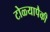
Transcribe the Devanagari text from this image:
टोळ्यापैकी